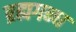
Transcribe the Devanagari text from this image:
ब्रह्मगन्ध